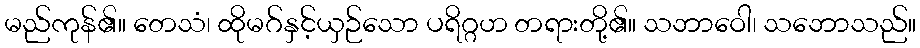
မည်ကုန်၏။ တေသံ၊ ထိုမဂ်နှင့်ယှဉ်သော ပရိဂ္ဂဟ တရားတို့၏။ သဘာဝေါ၊ သဘောသည်။